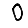
Digit: 0